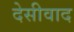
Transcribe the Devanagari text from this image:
देसीवाद